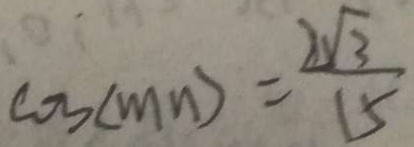
\cos ( m n ) = \frac { 2 \sqrt { 3 } } { 1 5 }